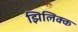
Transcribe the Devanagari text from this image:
झिलिक्क